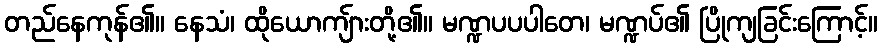
တည်နေကုန်၏။ နေသံ၊ ထိုယောကျ်ားတို့၏။ မဏ္ဍပပပါတေ၊ မဏ္ဍပ်၏ ပြိုကျခြင်းကြောင့်။